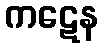
ကဋေန